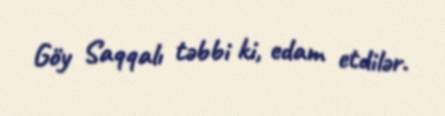
Göy Saqqalı təbbi ki, edam etdilər.